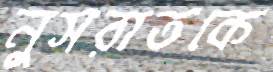
নুসরাতকে